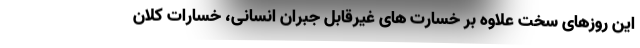
این روزهای سخت علاوه بر خسارت های غیرقابل جبران انسانی، خسارات کلان